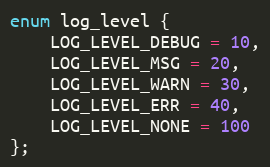
Language: C
enum log_level {
    LOG_LEVEL_DEBUG = 10,
    LOG_LEVEL_MSG = 20,
    LOG_LEVEL_WARN = 30,
    LOG_LEVEL_ERR = 40,
    LOG_LEVEL_NONE = 100
};